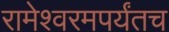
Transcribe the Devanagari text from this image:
रामेश्वरमपर्यंतच